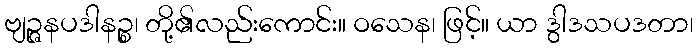
ဗျဉ္ဇနပဒါနဉ္စ၊ တို့၏လည်းကောင်း။ ဝသေန၊ ဖြင့်။ ယာ ဒွါဒသပဒတာ၊